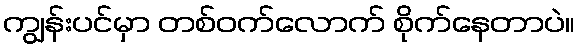
ကျွန်းပင်မှာ တစ်ဝက်လောက် စိုက်နေတာပဲ။